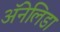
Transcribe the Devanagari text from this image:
ॲनेलिडा